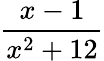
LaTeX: \frac{x-1}{{{x}^{2}}+12}